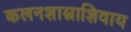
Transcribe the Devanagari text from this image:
कलनशास्त्राशिवाय